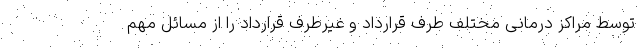
توسط مراکز درمانی مختلف طرف قرارداد و غیرطرف قرارداد را از مسائل مهم